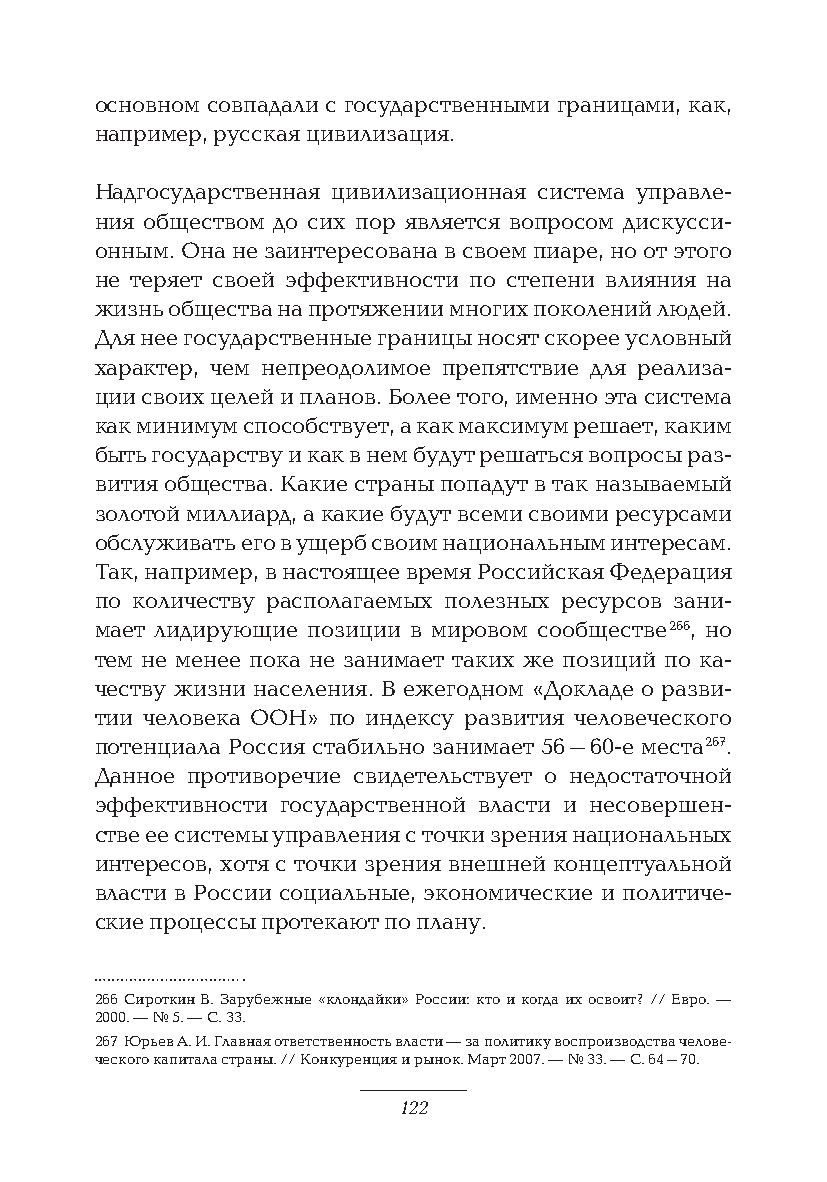
основном совпадали с государственными границами, как,
 например, русская цивилизация.
 Надгосударственная цивилизационная система управле-
 ния обществом до сих пор является вопросом дискусси-
 онным. Она не заинтересована в своем пиаре, но от этого
 не теряет своей эффективности по степени влияния на
 жизнь общества на протяжении многих поколений людей.
 Для нее государственные границы носят скорее условный
 характер, чем непреодолимое препятствие для реализа-
 ции своих целей и планов. Более того, именно эта система
 как минимум способствует, а как максимум решает, каким
 быть государству и как в нем будут решаться вопросы раз-
 вития общества. Какие страны попадут в так называемый
 золотой миллиард, а какие будут всеми своими ресурсами
 обслуживать его в ущерб своим национальным интересам.
 Так, например, в настоящее время Российская Федерация
 по количеству располагаемых полезных ресурсов зани-
 мает лидирующие позиции в мировом сообществе 266, но
 тем не менее пока не занимает таких же позиций по ка-
 честву жизни населения. В ежегодном «Докладе о разви-
 тии человека ООН» по индексу развития человеческого
 потенциала Россия стабильно занимает 56–60-е места 267.
 Данное противоречие свидетельствует о недостаточной
 эффективности государственной власти и несовершен-
 стве ее системы управления с точки зрения национальных
 интересов, хотя с точки зрения внешней концептуальной
 власти в России социальные, экономические и политиче-
 ские процессы протекают по плану.
 266 Сироткин В. Зарубежные «клондайки» России: кто и когда их освоит? // Евро. —
 2000. — № 5. — С. 33.
 267 Юрьев А. И. Главная ответственность власти — за политику воспроизводства челове-
 ческого капитала страны. // Конкуренция и рынок. Март 2007. — № 33. — С. 64–70.
 122